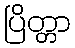
ပြိတ္တာ